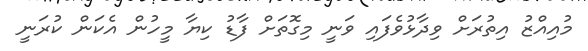
މުއިއްޒު އިތުރަށް ވިދާޅުވެފައި ވަނީ މިގޮތަށް ފާޑު ކިޔާ މީހުން އެކަން ކުރަނީ